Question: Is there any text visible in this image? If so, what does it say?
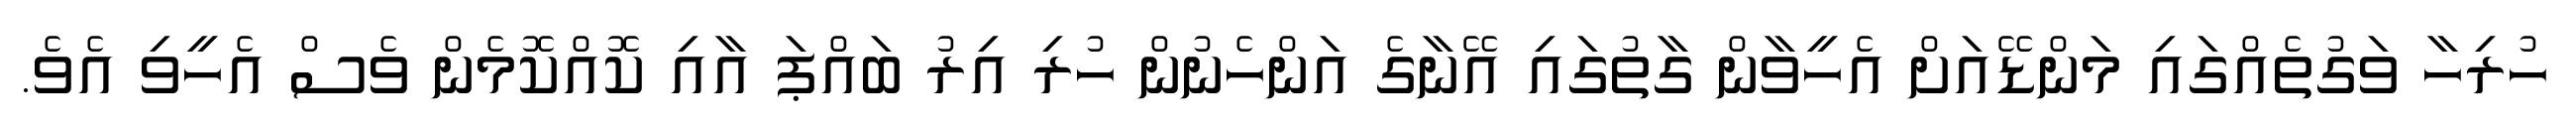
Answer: ހުރިހާ ވަގުތެއްގައި މަންޑޭއަށް އެހީވާން ގާތުގައި އޭނާގެ އަންހެނުން ހުރި އިރު ބައްޕަ އާއި ކޮއްކޮމެން ވެސް އެހީވި އެވެ.